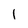
Character: l